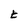
Character: t